Reports on military cantonments and civil stations in the Presidency of Bombay inspected by the Sanitary Commissioner in the years 1875 and 1876
Year: 1875
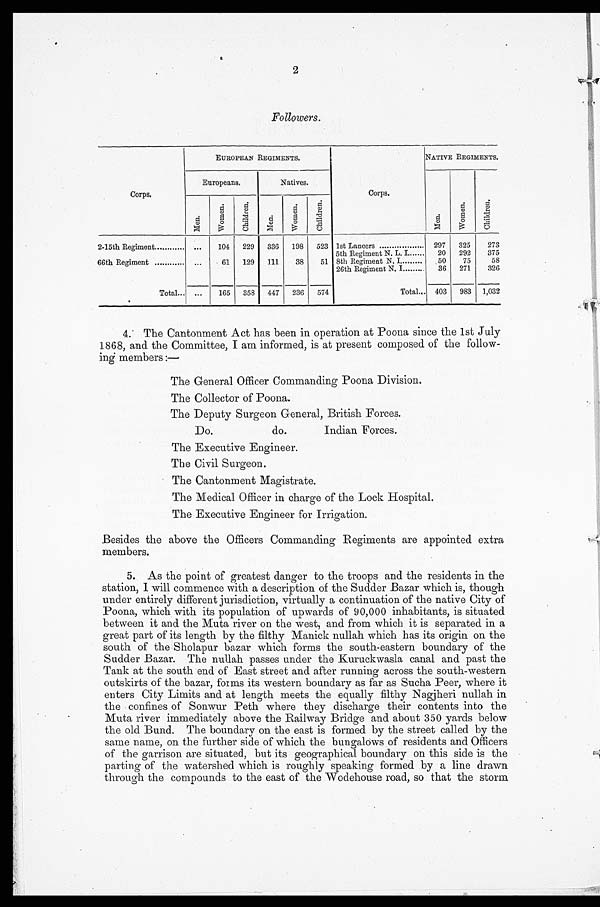
2
Followers.
Corps.
EUROPEAN REGIMENTS.
Corps.
NATIVE REGIMENTS.
Europeans,
Natives.
M e n .
W o m e n . C h i l d r e n .
M e n .
W o m e n
C h i l d r e n .
M e n .
W o m e n .
C h i l d r e n .
2-15th Regiment
. .
104
229
336
198
523 1st Lancers
297
325
273
5th Regiment N. L. I
20
292
375
66th Regiment
. . 61 129 111 38 51 8th Regiment N. I
50
75
58
26th Regiment N. I
36
271
326
Total...
.
_
...
165
358
447
236
574
Total
403
983
1,032
4. The Cantonment Act has been in operation at Poona since the 1st July
1868, and the Committee, I am informed, is at present composed of the follow-
ing members:—
The General Officer Commanding Poona Division.
The Collector of Poona.
The Deputy Surgeon General, British Forces.
Do.
do.
Indian Forces.
The Executive Engineer.
The Civil Surgeon.
The Cantonment Magistrate.
The Medical Officer in charge of the Lock Hospital.
The Executive Engineer for Irrigation.
Besides the above the Officers Commanding Regiments are appointed extra
members.
5. As the point of greatest danger to the troops and the residents in the
station, I will commence with a description of the Sudder Bazar which is, though
under entirely different jurisdiction, virtually a continuation of the native City of
Poona, which with its population of upwards of 90,000 inhabitants, is situated
between it and the Muta river on the west, and from which it is separated in a
great part of its length by the filthy Manick nullah which has its origin on the
south of the Sholapur bazar which forms the south-eastern boundary of the
Sudder Bazar. The nullah passes under the Kuruckwasla canal and past the
Tank at the south end of East street and after running across the south-western
outskirts of the bazar, forms its western boundary as far as Sucha Peer, where it
enters City Limits and at length meets the equally filthy Nagjheri nullah in
the confines of Sonwur Peth where they discharge their contents into the
Muta river immediately above the Railway Bridge and about 350 yards below
the old Bund. The boundary on the east is formed by the street called by the
same name, on the further side of which the bungalows of residents and Officers
of the garrison are situated, but its geographical boundary on this side is the
parting of the watershed which is roughly speaking formed by a line drawn
through the compounds to the east of the Wodehouse road, so that the storm